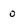
Character: 0